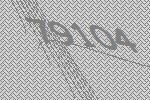
79104